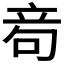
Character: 𥩮